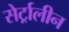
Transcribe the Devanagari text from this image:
सेर्ट्रालीन